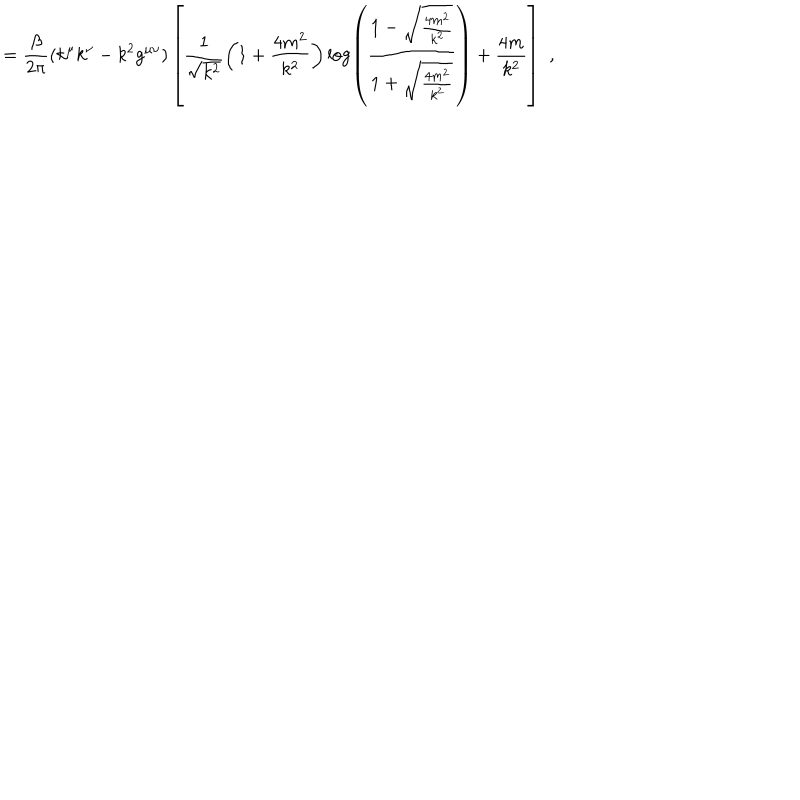
= \frac { \beta } { 2 \pi } ( k ^ { \mu } k ^ { \nu } - k ^ { 2 } g ^ { \mu \nu } ) \left[ \frac { 1 } { \sqrt { k ^ { 2 } } } \left( 1 + \frac { 4 m ^ { 2 } } { k ^ { 2 } } \right) \log \left( \frac { 1 - \sqrt { \frac { 4 m ^ { 2 } } { k ^ { 2 } } } } { 1 + \sqrt { \frac { 4 m ^ { 2 } } { k ^ { 2 } } } } \right) + \frac { 4 m } { k ^ { 2 } } \right] \, \, ,